Lunatic asylums Central Provinces reports 1910-1926 - 1910-1926
Year: 1910
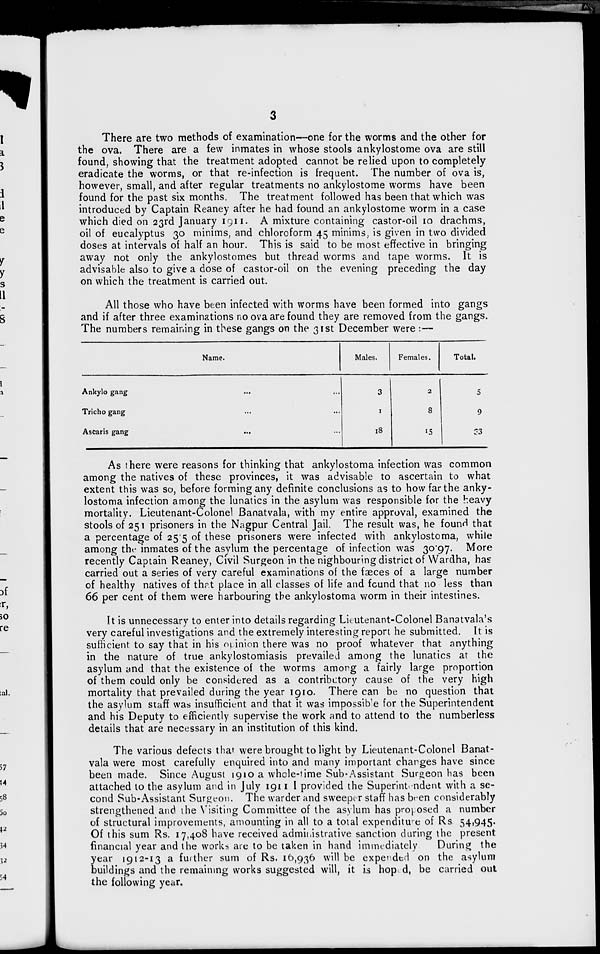
3
There are two methods of examination—one for the worms and the other for
the ova. There are a few inmates in whose stools ankylostome ova are still
found, showing that the treatment adopted cannot be relied upon to completely
eradicate the worms, or that re-infection is frequent. The number of ova is,
however, small, and after regular treatments no ankylostome worms have been
found for the past six months. The treatment followed has been that which was
introduced by Captain Reaney after he had found an ankylostome worm in a case
which died on 23rd January 1911. A mixture containing castor-oil 10 drachms,
oil of eucalyptus 30 minims, and chloroform 45 minims, is given in two divided
doses at intervals of half an hour. This is said to be most effective in bringing
away not only the ankylostomes but thread worms and tape worms. It is
advisable also to give a dose of castor-oil on the evening preceding the day
on which the treatment is carried out.
All those who have been infected with worms have been formed into gangs
and if after three examinations no ova are found they are removed from the gangs.
The numbers remaining in these gangs on the 31st December were :—
Name.
Ankylo gang ... ...
Tricho gang ... ...
Ascaris gang ... ...
Males.
3
1
18
Females.
2
8
15
Total.
5
9
33
As there were reasons for thinking that ankylostoma infection was common
among the natives of these provinces, it was advisable to ascertain to what
extent this was so, before forming any definite conclusions as to how far the anky-
lostoma infection among the lunatics in the asylum was responsible for the heavy
mortality. Lieutenant-Colonel Banatvala, with my entire approval, examined the
stools of 251 prisoners in the Nagpur Central Jail. The result was, he found that
a percentage of 25.5 of these prisoners were infected with ankylostoma, while
among the inmates of the asylum the percentage of infection was 30.97. More
recently Captain Reaney, Civil Surgeon in the nighbouring district of Wardha, has
carried out a series of very careful examinations of the fæces of a large number
of healthy natives of that place in all classes of life and found that no less than
66 per cent of them were harbouring the ankylostoma worm in their intestines.
It is unnecessary to enter into details regarding Lieutenant-Colonel Banatvala's
very careful investigations and the extremely interesting report he submitted. It is
sufficient to say that in his opinion there was no proof whatever that anything
in the nature of true ankylostomiasis prevailed among the lunatics at the
asylum and that the existence of the worms among a fairly large proportion
of them could only be considered as a contributory cause of the very high
mortality that prevailed during the year 1910. There can be no question that
the asylum staff was insufficient and that it was impossible for the Superintendent
and his Deputy to efficiently supervise the work and to attend to the numberless
details that are necessary in an institution of this kind.
The various defects that were brought to light by Lieutenant-Colonel Banat-
vala were most carefully enquired into and many important charges have since
been made. Since August 1910 a whole-time Sub-Assistant Surgeon has been
attached to the asylum and in July 1911. I provided the Superintendent with a se-
cond Sub-Assistant Surgeon. The warder and sweeper staff has been considerably
strengthened and the Visiting Committee of the asylum has proposed a number
of structural improvements, amounting in all to a total expenditure of Rs 54,945.
Of this sum Rs. 17,408 have received administrative sanction during the present
financial year and the works are to be taken in hand immediately
During the
year 1912-13 a further sum of Rs. 16,936 will be expended on the asylum
buildings and the remaining works suggested will, it is hoped, be carried out
the following year.